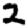
Digit: 2